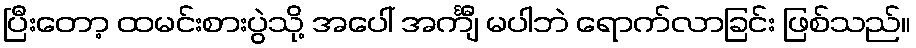
ပြီးတော့ ထမင်းစားပွဲသို့ အပေါ် အင်္ကျီ မပါဘဲ ရောက်လာခြင်း ဖြစ်သည်။